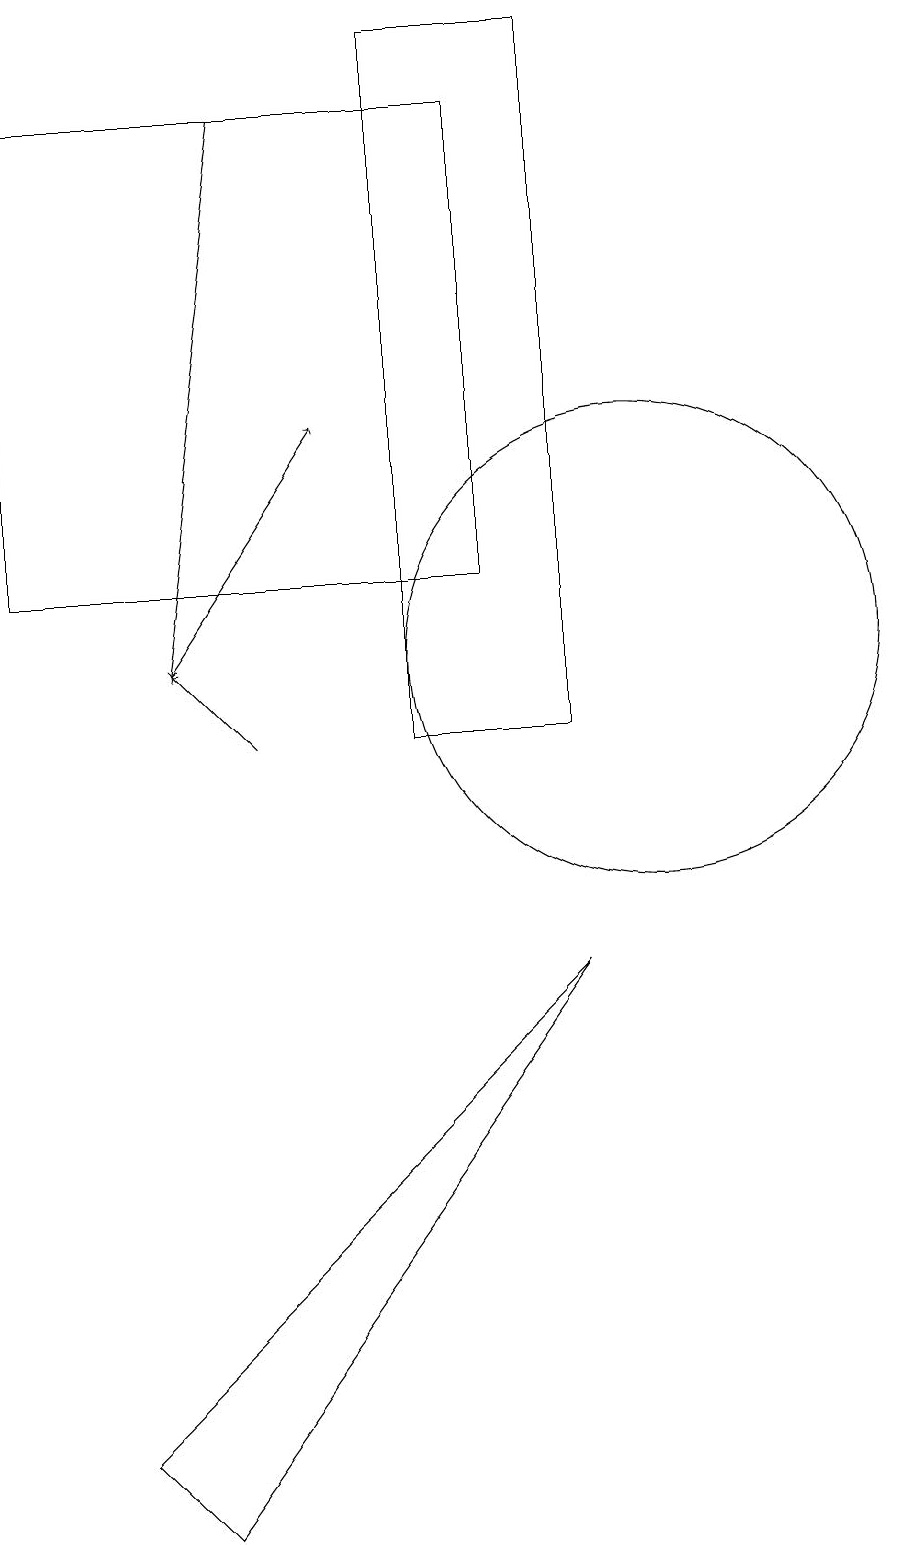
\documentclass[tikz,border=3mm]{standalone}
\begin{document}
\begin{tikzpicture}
\draw (2,18) rectangle (8,12);
\draw (10,11) circle (3);
\draw[->] (4,11) -- (6,14);
\draw (9,10) rectangle (7,19);
\draw[->] (5,18) -- (4,11);
\draw[->] (5,10) -- (4,11);
\draw (9,7) -- (3,1) -- (4,0) -- cycle;
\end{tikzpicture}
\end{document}